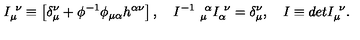
I _ { \mu } ^ { \ \nu } \equiv \left[ \delta _ { \mu } ^ { \nu } + \phi ^ { - 1 } \phi _ { \mu \alpha } h ^ { \alpha \nu } \right] , \quad I ^ { - 1 } \ _ { \mu } ^ { \ \alpha } I _ { \alpha } ^ { \ \nu } = \delta _ { \mu } ^ { \nu } , \quad I \equiv d e t I _ { \mu } ^ { \ \nu } .